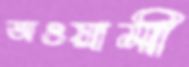
অওয়ামী